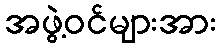
အဖွဲ့ဝင်များအား